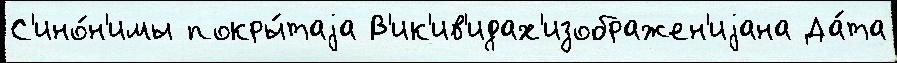
С'ино́н'имы покры́таjа В'ик'ив'идах'изображен'иjана Да́та